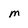
Character: M